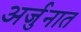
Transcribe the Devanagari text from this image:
अर्जुनात